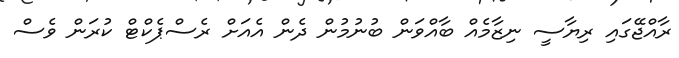
ރާއްޖޭގައި ރިޔާސީ ނިޒާމެއް ބާއްވަން ބުނުމުން ދެން އެއަށް ރެސްޕެކްޓް ކުރަން ވެސް